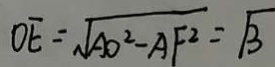
O E = \sqrt { A O ^ { 2 } - A F ^ { 2 } } = \sqrt { 3 }